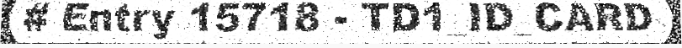
# Entry 15718 - TD1_ID_CARD